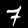
Digit: 7